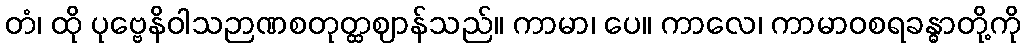
တံ၊ ထို ပုဗ္ဗေနိဝါသဉာဏစတုတ္ထဈာန်သည်။ ကာမာ၊ ပေ။ ကာလေ၊ ကာမာဝစရခန္ဓာတို့ကို